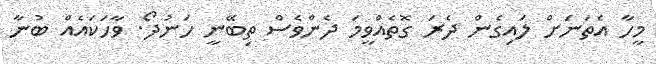
މީހާ އެތަނަށް ލައިގެން ދެރަ ގޮތެއްވީމަ ދެންވެސް ތިބޭނީ ހަނުދޯ. ވާހަކައެއް ބުނާ